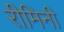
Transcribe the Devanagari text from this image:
रीमिनी